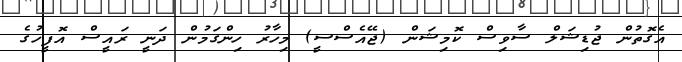
އެގޮތުން ޖުޑިޝަލް ސާވިސް ކޮމިޝަން (ޖޭއެސްސީ) މިހާރު ހިންގަމުން ދަނީ ރައީސް އޮފީހުގެ